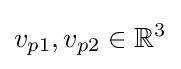
v_{p1},v_{p2}\in \mathbb {R} ^{3}